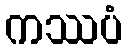
ကဿပံ